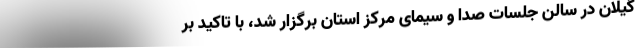
گیلان در سالن جلسات صدا و سیمای مرکز استان برگزار شد، با تاکید بر